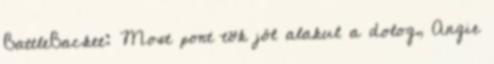
BattleBacket: Most pont tök jól alakul a dolog, Angie